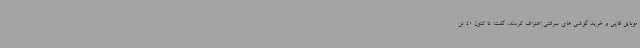
موبایل قاپی و خرید گوشی های سرقتی اعتراف کردند، گفت: تا کنون 40 تن